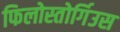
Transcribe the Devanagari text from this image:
फिलोस्तोर्गिउस